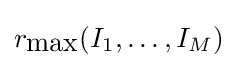
r_{\mbox{max}}(I_{1},\ldots ,I_{M})